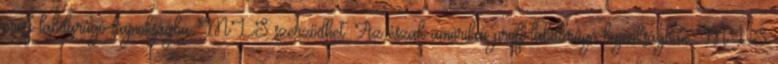
profi labdarúgó-bajnokságba MLS szerződhet. Az észak-amerikai profi labdarúgó-bajnokságban MLS